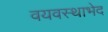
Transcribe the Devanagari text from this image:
वयवस्थाभेद